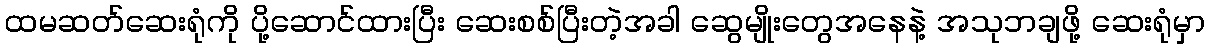
ထမဆတ်ဆေးရုံကို ပို့ဆောင်ထားပြီး ဆေးစစ်ပြီးတဲ့အခါ ဆွေမျိုးတွေအနေနဲ့ အသုဘချဖို့ ဆေးရုံမှာ